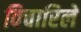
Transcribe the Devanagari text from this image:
विचारिले